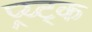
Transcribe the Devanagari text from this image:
प्र्य्ट्क